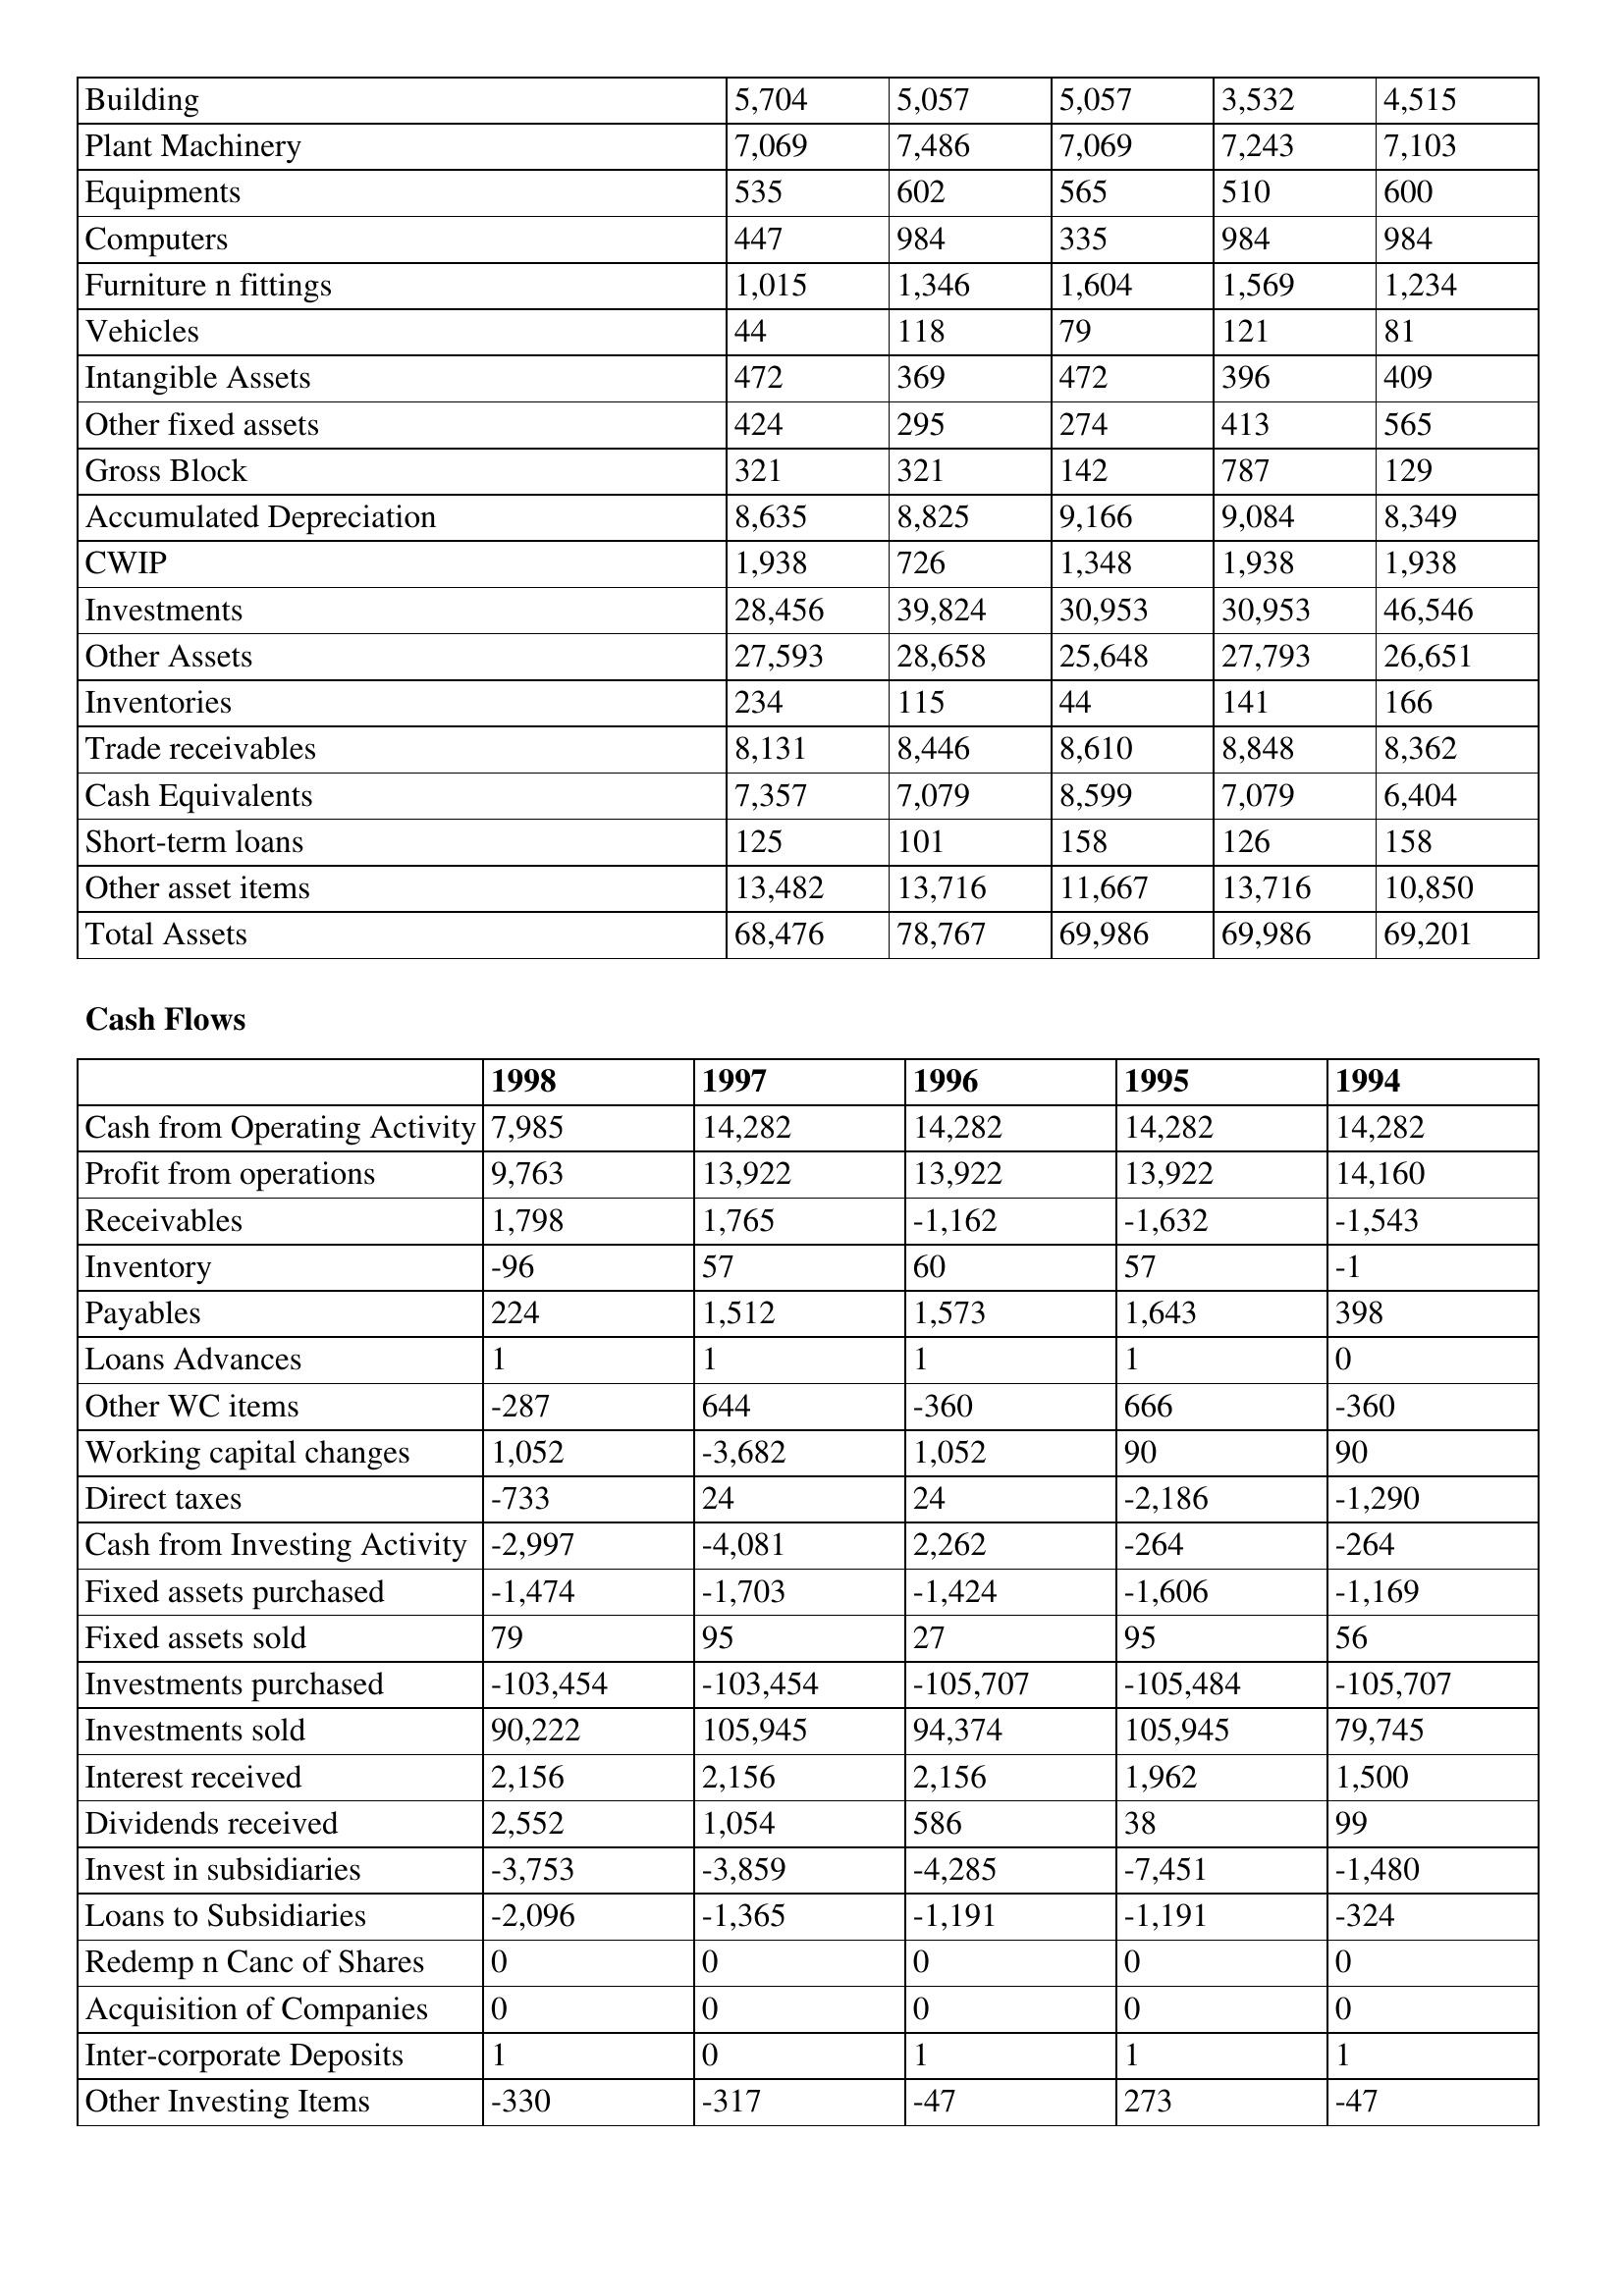
gt_parse: 1998: Balance Sheet: Building: 5,704
Plant Machinery: 7,069
Equipments: 535
Computers: 447
Furniture n fittings: 1,015
Vehicles: 44
Intangible Assets: 472
Other fixed assets: 424
Gross Block: 321
Accumulated Depreciation: 8,635
CWIP: 1,938
Investments: 28,456
Other Assets: 27,593
Inventories: 234
Trade receivables: 8,131
Cash Equivalents: 7,357
Short-term loans: 125
Other asset items: 13,482
Total Assets: 68,476
Cash Flows: Cash from Operating Activity: 7,985
Profit from operations: 9,763
Receivables: 1,798
Inventory: -96
Payables: 224
Loans Advances: 1
Other WC items: -287
Working capital changes: 1,052
Direct taxes: -733
Cash from Investing Activity: -2,997
Fixed assets purchased: -1,474
Fixed assets sold: 79
Investments purchased: -103,454
Investments sold: 90,222
Interest received: 2,156
Dividends received: 2,552
Invest in subsidiaries: -3,753
Loans to Subsidiaries: -2,096
Redemp n Canc of Shares: 0
Acquisition of Companies: 0
Inter-corporate Deposits: 1
Other Investing Items: -330
1997: Balance Sheet: Building: 5,057
Plant Machinery: 7,486
Equipments: 602
Computers: 984
Furniture n fittings: 1,346
Vehicles: 118
Intangible Assets: 369
Other fixed assets: 295
Gross Block: 321
Accumulated Depreciation: 8,825
CWIP: 726
Investments: 39,824
Other Assets: 28,658
Inventories: 115
Trade receivables: 8,446
Cash Equivalents: 7,079
Short-term loans: 101
Other asset items: 13,716
Total Assets: 78,767
Cash Flows: Cash from Operating Activity: 14,282
Profit from operations: 13,922
Receivables: 1,765
Inventory: 57
Payables: 1,512
Loans Advances: 1
Other WC items: 644
Working capital changes: -3,682
Direct taxes: 24
Cash from Investing Activity: -4,081
Fixed assets purchased: -1,703
Fixed assets sold: 95
Investments purchased: -103,454
Investments sold: 105,945
Interest received: 2,156
Dividends received: 1,054
Invest in subsidiaries: -3,859
Loans to Subsidiaries: -1,365
Redemp n Canc of Shares: 0
Acquisition of Companies: 0
Inter-corporate Deposits: 0
Other Investing Items: -317
1996: Balance Sheet: Building: 5,057
Plant Machinery: 7,069
Equipments: 565
Computers: 335
Furniture n fittings: 1,604
Vehicles: 79
Intangible Assets: 472
Other fixed assets: 274
Gross Block: 142
Accumulated Depreciation: 9,166
CWIP: 1,348
Investments: 30,953
Other Assets: 25,648
Inventories: 44
Trade receivables: 8,610
Cash Equivalents: 8,599
Short-term loans: 158
Other asset items: 11,667
Total Assets: 69,986
Cash Flows: Cash from Operating Activity: 14,282
Profit from operations: 13,922
Receivables: -1,162
Inventory: 60
Payables: 1,573
Loans Advances: 1
Other WC items: -360
Working capital changes: 1,052
Direct taxes: 24
Cash from Investing Activity: 2,262
Fixed assets purchased: -1,424
Fixed assets sold: 27
Investments purchased: -105,707
Investments sold: 94,374
Interest received: 2,156
Dividends received: 586
Invest in subsidiaries: -4,285
Loans to Subsidiaries: -1,191
Redemp n Canc of Shares: 0
Acquisition of Companies: 0
Inter-corporate Deposits: 1
Other Investing Items: -47
1995: Balance Sheet: Building: 3,532
Plant Machinery: 7,243
Equipments: 510
Computers: 984
Furniture n fittings: 1,569
Vehicles: 121
Intangible Assets: 396
Other fixed assets: 413
Gross Block: 787
Accumulated Depreciation: 9,084
CWIP: 1,938
Investments: 30,953
Other Assets: 27,793
Inventories: 141
Trade receivables: 8,848
Cash Equivalents: 7,079
Short-term loans: 126
Other asset items: 13,716
Total Assets: 69,986
Cash Flows: Cash from Operating Activity: 14,282
Profit from operations: 13,922
Receivables: -1,632
Inventory: 57
Payables: 1,643
Loans Advances: 1
Other WC items: 666
Working capital changes: 90
Direct taxes: -2,186
Cash from Investing Activity: -264
Fixed assets purchased: -1,606
Fixed assets sold: 95
Investments purchased: -105,484
Investments sold: 105,945
Interest received: 1,962
Dividends received: 38
Invest in subsidiaries: -7,451
Loans to Subsidiaries: -1,191
Redemp n Canc of Shares: 0
Acquisition of Companies: 0
Inter-corporate Deposits: 1
Other Investing Items: 273
1994: Balance Sheet: Building: 4,515
Plant Machinery: 7,103
Equipments: 600
Computers: 984
Furniture n fittings: 1,234
Vehicles: 81
Intangible Assets: 409
Other fixed assets: 565
Gross Block: 129
Accumulated Depreciation: 8,349
CWIP: 1,938
Investments: 46,546
Other Assets: 26,651
Inventories: 166
Trade receivables: 8,362
Cash Equivalents: 6,404
Short-term loans: 158
Other asset items: 10,850
Total Assets: 69,201
Cash Flows: Cash from Operating Activity: 14,282
Profit from operations: 14,160
Receivables: -1,543
Inventory: -1
Payables: 398
Loans Advances: 0
Other WC items: -360
Working capital changes: 90
Direct taxes: -1,290
Cash from Investing Activity: -264
Fixed assets purchased: -1,169
Fixed assets sold: 56
Investments purchased: -105,707
Investments sold: 79,745
Interest received: 1,500
Dividends received: 99
Invest in subsidiaries: -1,480
Loans to Subsidiaries: -324
Redemp n Canc of Shares: 0
Acquisition of Companies: 0
Inter-corporate Deposits: 1
Other Investing Items: -47